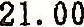
21.00